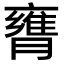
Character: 𦡚